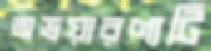
অভয়ারণ্যটি